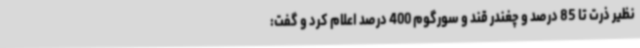
نظیر ذرت تا 85 درصد و چغندر قند و سورگوم 400 درصد اعلام کرد و گفت: